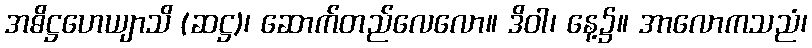
အဓိဋ္ဌဟေယျာသိ (ဆဋ္ဌ)၊ ဆောက်တည်လေလော။ ဒိဝါ၊ နေ့၌။ အာလောကသညံ၊